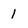
Character: l